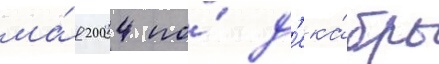
ма́я 2004 по́ д'ека́брь